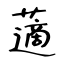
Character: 藡